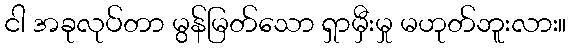
ငါ အခုလုပ်တာ မွန်မြတ်သော ရှာမှီးမှု မဟုတ်ဘူးလား။